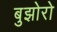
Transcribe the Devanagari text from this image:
बुझोरो